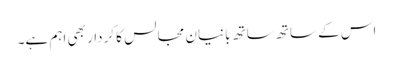
اس کے ساتھ ساتھ بانیان مجالس کا کردار بھی اہم ہے۔